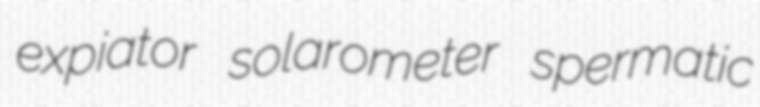
expiator solarometer spermatic